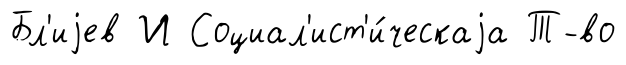
Бл'иjев И Социал'ист'и́ческаjа Т-во